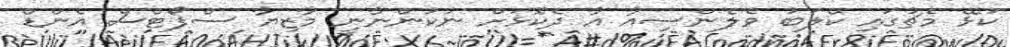
ކުޅޭ މެޗުގައި ކްލަބު ވެލެންސިއާ އާ ދެކޮޅަށް ނުކުންނާނީ މާޒިޔާ ސްޕޯޓްސް އެންޑް